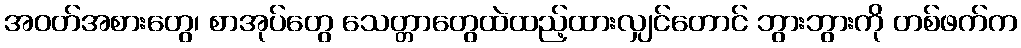
အဝတ်အစားတွေ၊ စာအုပ်တွေ သေတ္တာတွေထဲထည့်ထားလျှင်တောင် ဘွားဘွားကို တစ်ဖက်က